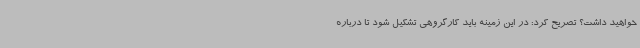
خواهید داشت؟ تصریح کرد: در این زمینه باید کارگروهی تشکیل شود تا درباره